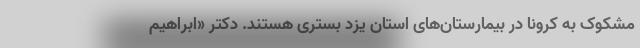
مشکوک به کرونا در بیمارستان‌های استان یزد بستری هستند. دکتر «ابراهیم